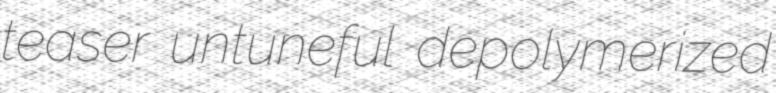
teaser untuneful depolymerized